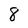
Character: 8